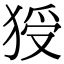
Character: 𤟗